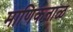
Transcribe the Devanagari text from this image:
माणिकनाळ